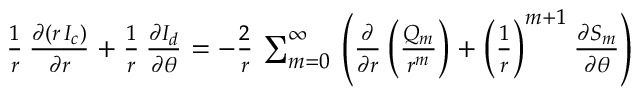
\begin{array} { r } { { \frac { 1 } { r } } \, { \frac { \partial ( r \, I _ { c } ) } { \partial r } } + { \frac { 1 } { r } } \, { \frac { \partial I _ { d } } { \partial \theta } } = - { \frac { 2 } { r } } \, \sum _ { m = 0 } ^ { \infty } \, \left( { \frac { \partial } { \partial r } } \left( \frac { Q _ { m } } { r ^ { m } } \right) + \left( { \frac { 1 } { r } } \right) ^ { m + 1 } { \frac { \partial S _ { m } } { \partial \theta } } \right) } \end{array}